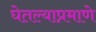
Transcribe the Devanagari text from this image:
घेतल्याप्रमाणे